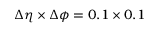
\Delta \eta \times \Delta \phi = 0 . 1 \times 0 . 1